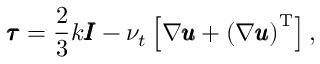
\pmb { \tau } = \frac { 2 } { 3 } k \pmb { I } - \nu _ { t } \left[ \nabla \pmb { u } + \left( \nabla \pmb { u } \right) ^ { \operatorname { T } } \right] ,